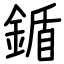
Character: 鍎